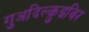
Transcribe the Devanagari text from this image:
गुअदिल्क़ुइविर